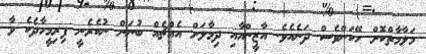
މަލާމާތްކޮށް ހޭކަންވެސް ދަނެއެވެ. އާޒީންއާއި ދިމާލަށް އެއްޗެއް ބުނަން ނުކެރެނީ ފިރިމީހާދެކެ ވާ